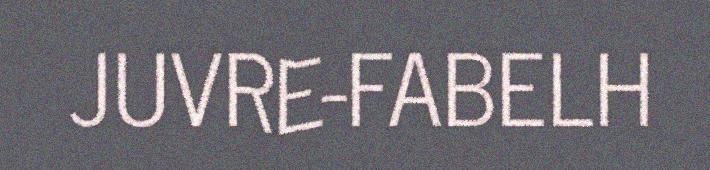
JUVRE-FABELH